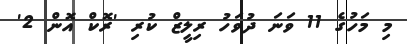
މި މަހުގެ 11 ވަނަ ދުވަހު ރިލީޒް ކުރި 'ރޮކް އޮން 2'